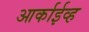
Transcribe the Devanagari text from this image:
आर्काईव्ह